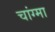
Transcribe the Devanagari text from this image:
चांग्मा